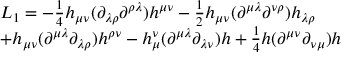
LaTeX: \begin{array} { l } { { L _ { 1 } = - \frac { 1 } { 4 } h _ { \mu \nu } ( \partial _ { \lambda \rho } \partial ^ { \rho \lambda } ) h ^ { \mu \nu } - \frac { 1 } { 2 } h _ { \mu \nu } ( \partial ^ { \mu \lambda } \partial ^ { \nu \rho } ) h _ { \lambda \rho } } } \\ { { + h _ { \mu \nu } ( \partial ^ { \mu \lambda } \partial _ { \lambda \rho } ) h ^ { \rho \nu } - h _ { \mu } ^ { \nu } ( \partial ^ { \mu \lambda } \partial _ { \lambda \nu } ) h + \frac { 1 } { 4 } h ( \partial ^ { \mu \nu } \partial _ { \nu \mu } ) h } } \end{array}